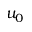
u _ { 0 }